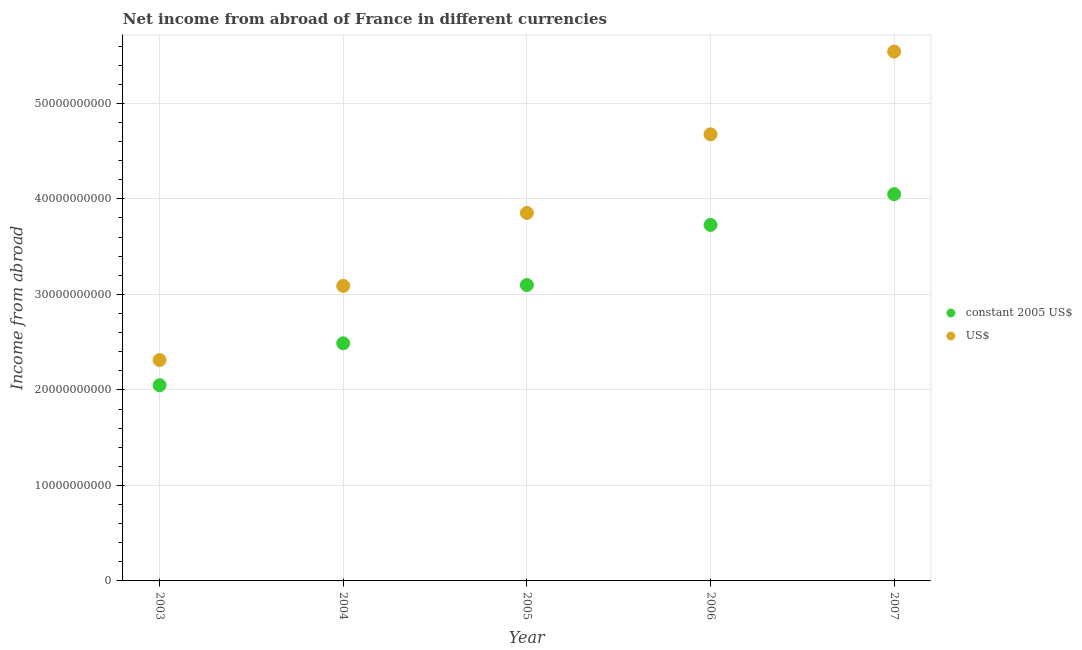
| Year | constant 2005 US$ | US$ |
 | --- | --- | --- |
 | 2003 | 2.05e+10 | 2.31e+10 |
 | 2004 | 2.49e+10 | 3.09e+10 |
 | 2005 | 3.1e+10 | 3.85e+10 |
 | 2006 | 3.73e+10 | 4.68e+10 |
 | 2007 | 4.05e+10 | 5.54e+10 |